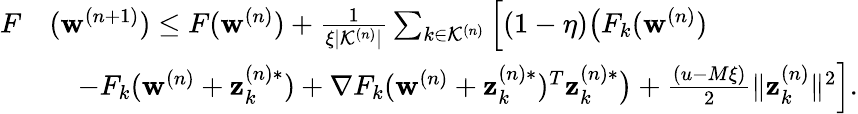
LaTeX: \begin{array}{rl}{F}&{(\mathbf{w}^{(n+1)})\leq F(\mathbf{w}^{(n)})+\frac{1}{\xi|\mathcal{K}^{(n)}|}\sum_{k\in\mathcal{K}^{(n)}}\Big[(1-\eta)\big(F_{k}(\mathbf{w}^{(n)})}\\ &{\quad-F_{k}(\mathbf{w}^{(n)}+\mathbf{z}_{k}^{(n)*})+\nabla F_{k}(\mathbf{w}^{(n)}+\mathbf{z}_{k}^{(n)*})^{T}\mathbf{z}_{k}^{(n)*}\big)+\frac{(u-M\xi)}{2}\| \mathbf{z}_{k}^{(n)}\| ^{2}\Big].}\end{array}